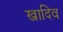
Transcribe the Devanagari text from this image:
खादिव